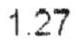
1.27